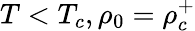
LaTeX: T<T_{c},\rho_{0}=\rho_{c}^{+}